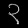
Digit: ၃